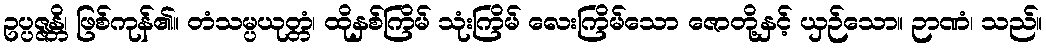
ဥပ္ပဇ္ဇန္တိ၊ ဖြစ်ကုန်၏။ တံသမ္ပယုတ္တံ၊ ထိုနှစ်ကြိမ် သုံးကြိမ် လေးကြိမ်သော ဇောတို့နှင့် ယှဉ်သော။ ဉာဏံ၊ သည်။